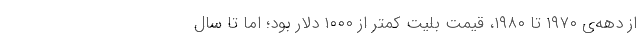
از دهه‌ی ۱۹۷۰ تا ۱۹۸۰، قیمت بلیت کمتر از ۱۰۰۰ دلار بود؛ اما تا سال